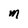
Character: M